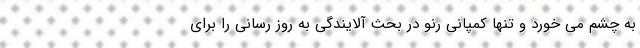
به چشم می خورد و تنها کمپانی رنو در بحث آلایندگی به روز رسانی را برای